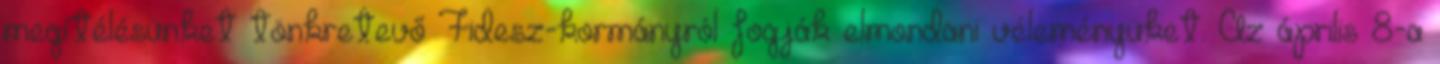
megítélésünket tönkretevő Fidesz-kormányról fogják elmondani véleményüket. Az április 8-a